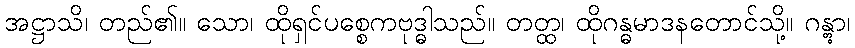
အဋ္ဌာသိ၊ တည်၏။ သော၊ ထိုရှင်ပစ္စေကဗုဒ္ဓါသည်။ တတ္ထ၊ ထိုဂန္ဓမာဒနတောင်သို့။ ဂန္တွာ၊